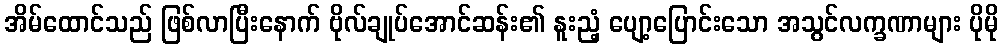
အိမ်ထောင်သည် ဖြစ်လာပြီးနောက် ဗိုလ်ချုပ်အောင်ဆန်း၏ နူးညံ့ ပျော့ပြောင်းသော အသွင်လက္ခဏာများ ပိုမို